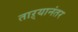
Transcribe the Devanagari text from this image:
ताऱ्यानंतर